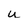
Character: u